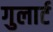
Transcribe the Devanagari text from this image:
गुलार्ट